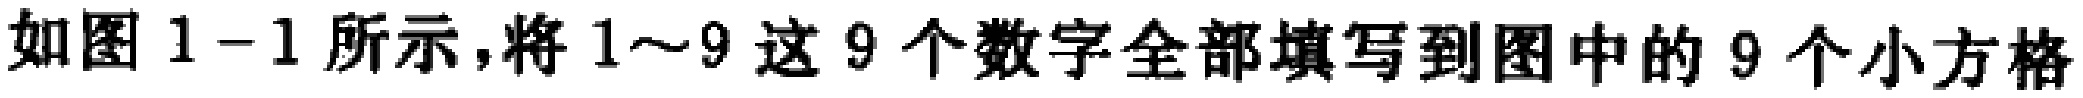
如图1-1所示,将1～9这9个数字全部填写到图中的9个小方格